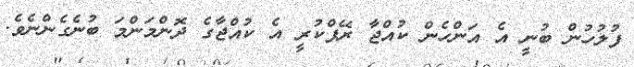
ފުލުހުން ބުނީ އެ އަންހެން ކުއްޖާ ރޭޕްކުރީ އެ ކުއްޖާގެ ދޮންމަންމަ ބުނެގެންނެވެ.